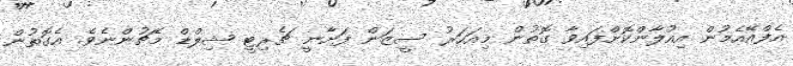
އެފްއޭއެމުން އިއުލާންކޮށްފައިވާ ގޮތުން މިއަހަރު ސީޒަން ފަށާނީ ޗެރިޓީ ޝިލްޑް މެޗުންނެވެ. އެގޮތުން